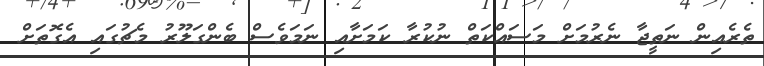
ތެރެއިން ނަތީޖާ ނެރުމަށް މަސައްކަތް ނުކުރާ ކަމަށާއި ނަމަވެސް ބެންގަލޫރު މެޗުގައި އެގޮތަށް